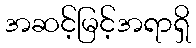
အဆင့်မြင့်အရာရှိ